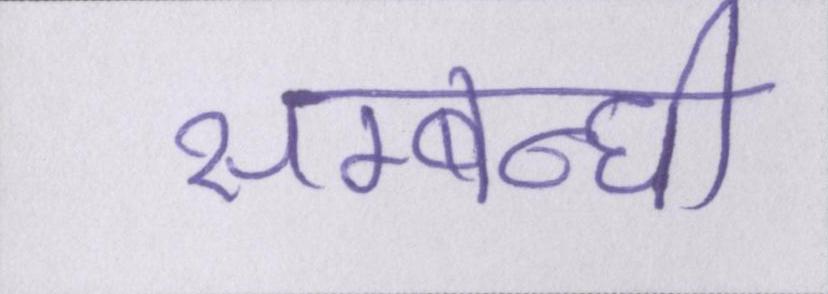
सम्बन्धी